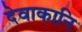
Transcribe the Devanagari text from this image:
देवाकानि